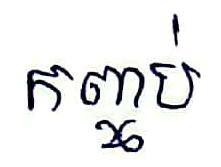
កញ្ចប់